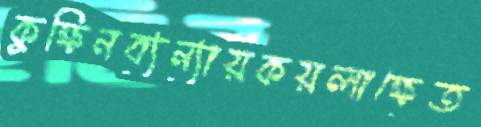
কুক্ষিনব্যন্যায়কয়লাক্ষেত